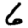
Digit: 6